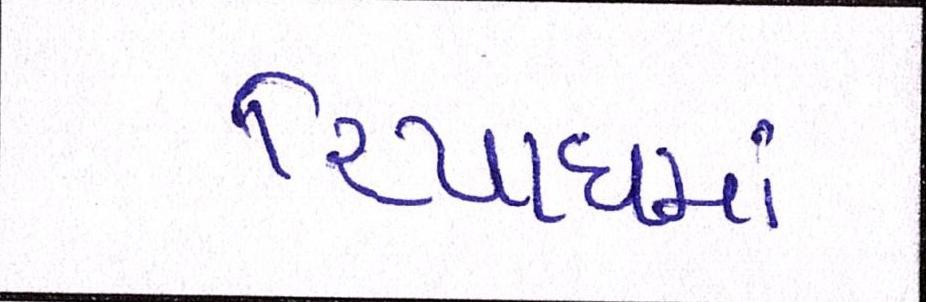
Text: રિયાધમાં